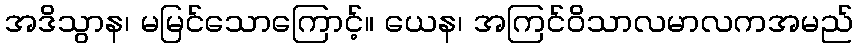
အဒိသွာန၊ မမြင်သောကြောင့်။ ယေန၊ အကြင်ဝိသာလမာလကအမည်